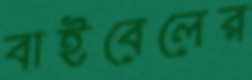
বাইবেলের